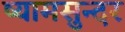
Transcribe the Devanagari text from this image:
ष्यामसुन्दर